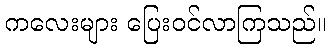
ကလေးများ ပြေးဝင်လာကြသည်။